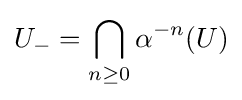
U_{-}=\bigcap _{n\geq 0}\alpha ^{-n}(U)